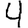
Digit: 4